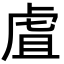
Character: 虘